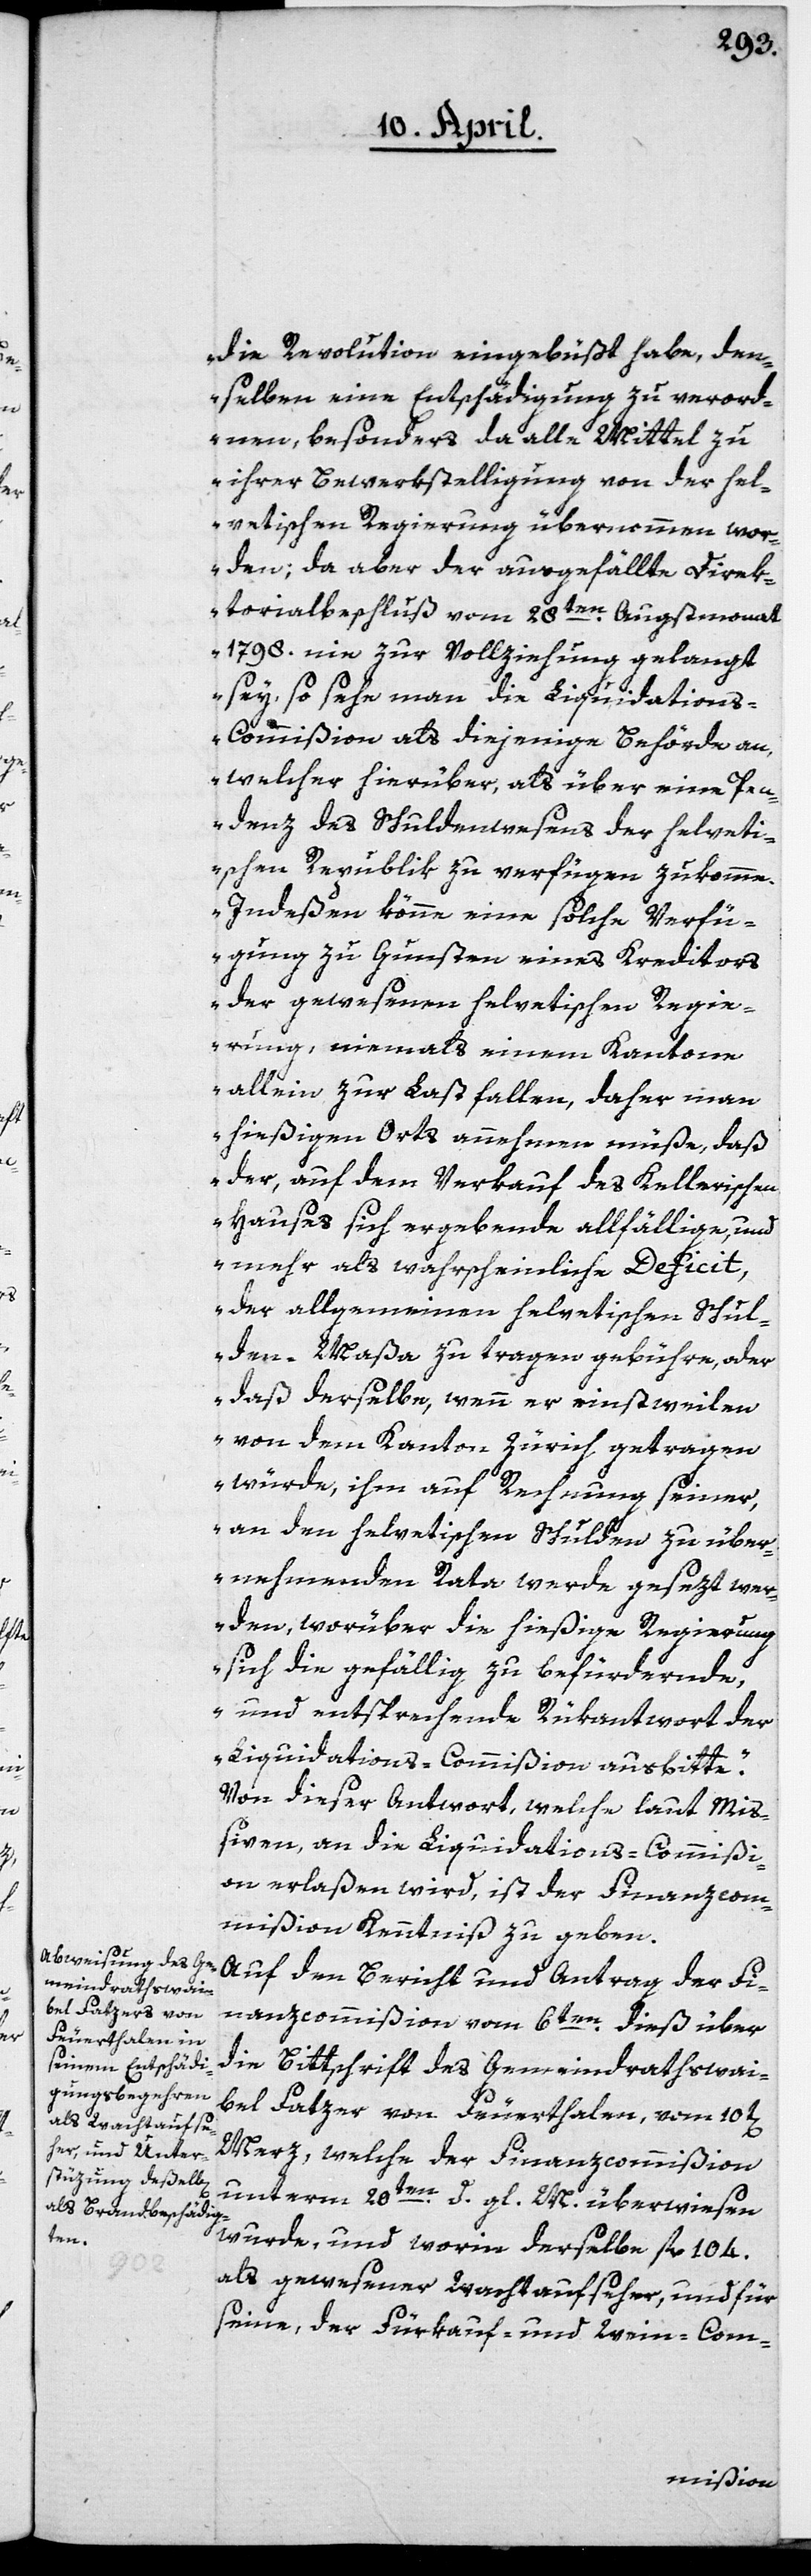
die Revolution eingebüßt habe, den¬
selben eine Entschädigung zu verord¬
nen, besonders da alle Mittel zu
ihrer Bewerkstelligung von der hel¬
vetischen Regierung übernommen wor¬
den; da aber der ausgefällte Direk¬
torialbeschluß vom 28ten Augstmonat
1798. nie zur Vollziehung gelangt
sey, so sehe man die Liquidation¬
s-Commißion als diejenige Behörde an,
welcher hierüber, als über eine Pen¬
denz des Schuldenwesens der helveti¬
schen Republik zu verfügen zukomme.
Indeßen könne eine solche Verfü¬
gung zu Gunsten eines Kreditors
der gewesenen helvetischen Regie¬
rung, niemals einem Kanton
allein zur Last fallen, daher man
hießigen Orts annehmen müße, daß
der, auf dem Verkauf des Kellerischen
Hauses sich ergebende allfällige, und
mehr als wahrscheinliche Deficit,
der allgemeinen helvetischen Schul¬
den-Maßa zu tragen gebühre, oder
daß derselbe, wenn er einstweilen
von dem Kanton Zürich getragen
würde, ihm auf Rechnung seiner,
an den helvetischen Schulden zu über¬
nehmenden Rata werde gesezt wer¬
den, worüber die hießige Regierung
sich die gefällig zu befürdernde,
und entsprechende Rükantwort der
Liquidations-Commißion ausbitte“.
Von dieser Antwort, welche laut Mi¬
ßiven, an die Liquidations-Commißi¬
on erlaßen wird, ist der Finanzcom¬
mißion Kenntniß zu geben.
Auf den Bericht und Antrag der Fi¬
nanzcommißion vom 6ten dieß über
die Bittschrift des Gemeindrathswai¬
bel Fatzer von Feuerthalen vom 10t[en]
Merz, welche der Finanzcommißion
unterm 20ten d. gl. M. überwiesen
wurde, und worin derselbe fl. 104.
als gewesener Wachtaufseher, und für
seine, der Fürkauf- und Wein-Com-